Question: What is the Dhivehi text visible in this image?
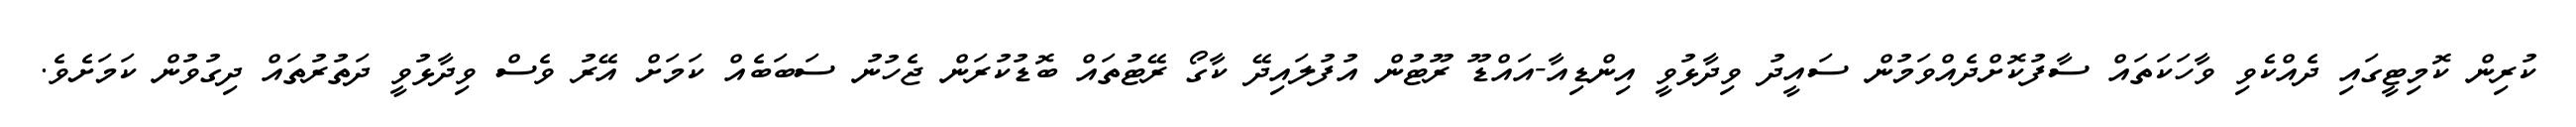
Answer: ކުރިން ކޮމިޓީގައި ދެއްކެވި ވާހަކަތައް ސާފުކޮށްދެއްވަމުން ސައީދު ވިދާޅުވީ އިންޑިއާ-އައްޑޫ ރޫޓުން އުފުލައިދޭ ކާގޯ ރޭޓުތައް ބޮޑުކުރަން ޖެހުނު ސަބަބެއް ކަމަށް އޭރު ވެސް ވިދާޅުވީ ދަތުރުތައް ދިގުވުން ކަމަށެވެ.